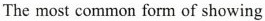
The most common form of showing